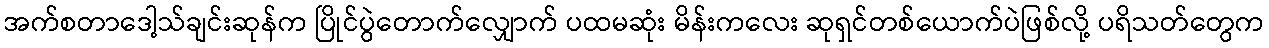
အက်စတာဒေါ့သ်ချင်းဆုန်က ပြိုင်ပွဲတောက်လျှောက် ပထမဆုံး မိန်းကလေး ဆုရှင်တစ်ယောက်ပဲဖြစ်လို့ ပရိသတ်တွေက